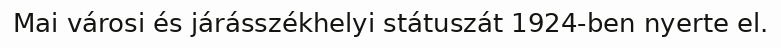
Mai városi és járásszékhelyi státuszát 1924-ben nyerte el.